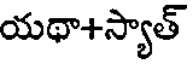
యథా+స్యాత్